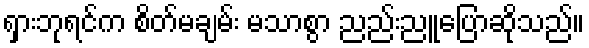
ရှားဘုရင်က စိတ်မချမ်း မသာစွာ ညည်းညူပြောဆိုသည်။